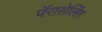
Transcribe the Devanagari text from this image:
पॅरासेलिंग